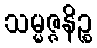
သမ္မဇ္ဇနိဉ္စ